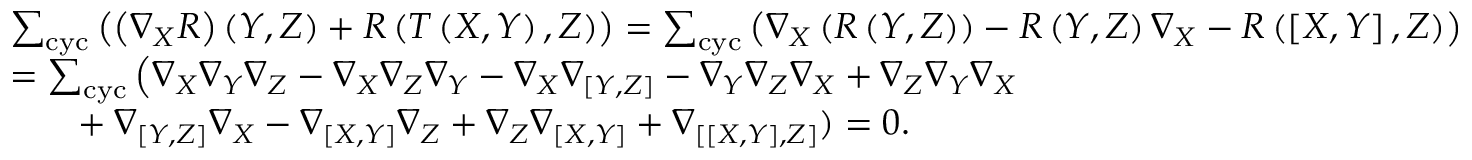
\begin{array} { r l } & { \sum _ { \mathrm { c y c } } \left( \left( \nabla _ { X } R \right) \left( Y , Z \right) + R \left( T \left( X , Y \right) , Z \right) \right) = \sum _ { \mathrm { c y c } } \left( \nabla _ { X } \left( R \left( Y , Z \right) \right) - R \left( Y , Z \right) \nabla _ { X } - R \left( \left[ X , Y \right] , Z \right) \right) } \\ & { = \sum _ { \mathrm { c y c } } \left( \nabla _ { X } \nabla _ { Y } \nabla _ { Z } - \nabla _ { X } \nabla _ { Z } \nabla _ { Y } - \nabla _ { X } \nabla _ { \left[ Y , Z \right] } - \nabla _ { Y } \nabla _ { Z } \nabla _ { X } + \nabla _ { Z } \nabla _ { Y } \nabla _ { X } \right. } \\ & { \mathrm { ~ \ \ \ \ } + \nabla _ { \left[ Y , Z \right] } \nabla _ { X } - \nabla _ { \left[ X , Y \right] } \nabla _ { Z } + \nabla _ { Z } \nabla _ { \left[ X , Y \right] } + \nabla _ { \left[ \left[ X , Y \right] , Z \right] } ) = 0 . } \end{array}